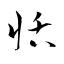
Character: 恬